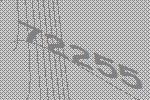
72255